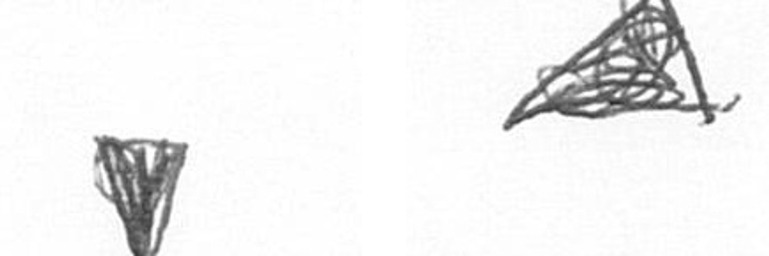
J O